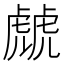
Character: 虤